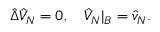
\hat { \Delta } { \hat { V } _ { N } } = 0 , \quad { \hat { V } _ { N } } { | _ { B } } = { \hat { v } _ { N } } .